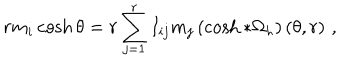
LaTeX: r m _ { i } \cosh \theta = r \sum _ { j = 1 } ^ { r } I _ { i j } m _ { j } \left( \cosh * \Omega _ { h } \right) ( \theta , r ) \, \, ,